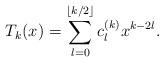
LaTeX: \begin{align*}{T_k}(x) = \sum\limits_{l = 0}^{\left\lfloor {k/2} \right\rfloor } {c_l^{(k)}{x^{k - 2l}}}.\end{align*}